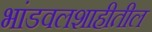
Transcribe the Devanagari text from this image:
भांडवलशाहीतील